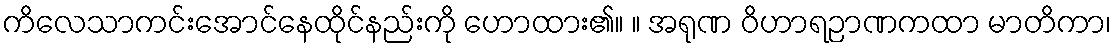
ကိလေသာကင်းအောင်နေထိုင်နည်းကို ဟောထား၏။ ။ အရုဏ ဝိဟာရဉာဏကထာ မာတိကာ၊